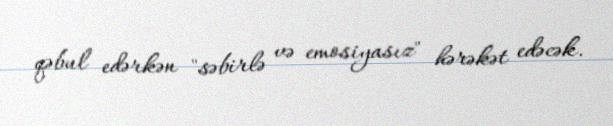
qəbul edərkən "səbirlə və emosiyasız" hərəkət edəcək.